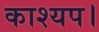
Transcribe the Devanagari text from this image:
काश्यप।